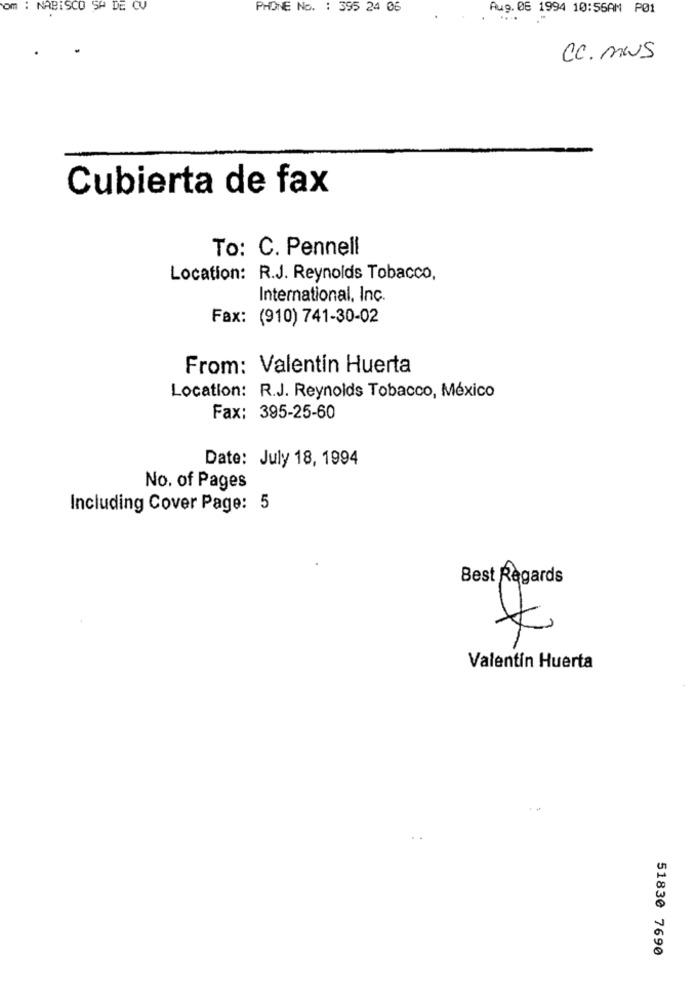
om : NABISCO SA DE CV
PHONE No. : 395 24 06
Aug. 06 1994 10:56AM PØ1
CC. MUS
Cubierta de fax
To: C. Pennell
Location: R.J. Reynolds Tobacco,
International, Inc.
Fax: (910) 741-30-02
From: Valentin Huerta
Location: R.J. Reynolds Tobacco, México
Fax: 395-25-60
Date: July 18, 1994
No. of Pages
Including Cover Page: 5
Best Regards
Valentin Huerta
51830 7690